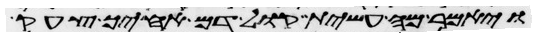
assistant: ויאמר מה עשית קול דם אחיך צעק